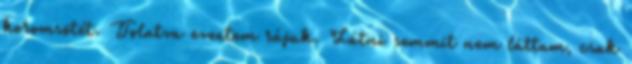
koromsötét. Tolatva eveztem rájuk. Látni semmit nem láttam, csak